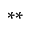
^ { * * }